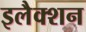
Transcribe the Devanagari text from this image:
इलैक्शन